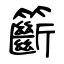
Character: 籪